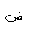
Letter: _dad